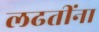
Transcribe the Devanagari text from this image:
लढतींना